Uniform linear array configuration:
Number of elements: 48
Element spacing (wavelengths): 1
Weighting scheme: binomial
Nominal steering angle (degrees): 60
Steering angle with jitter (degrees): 58.429
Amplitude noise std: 0.05
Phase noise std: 0.05

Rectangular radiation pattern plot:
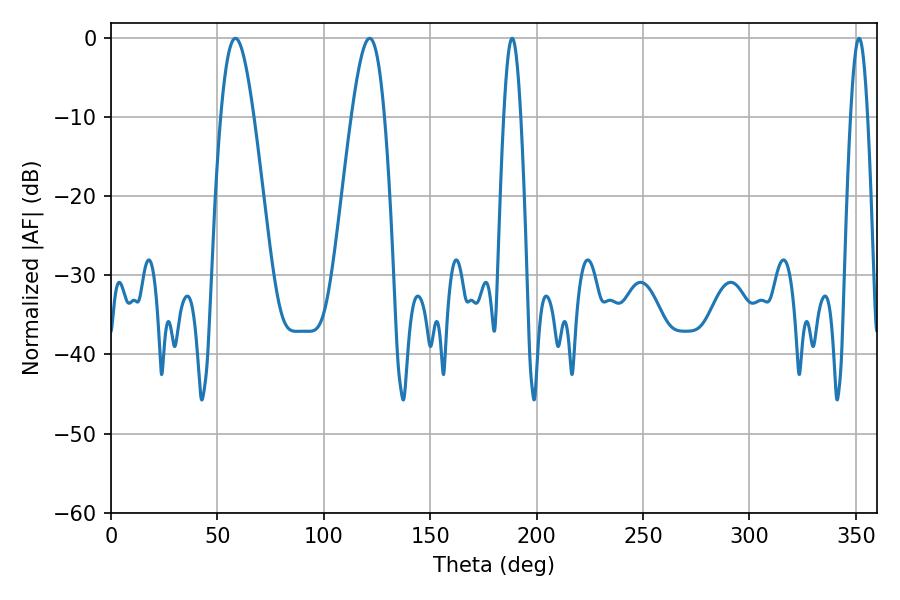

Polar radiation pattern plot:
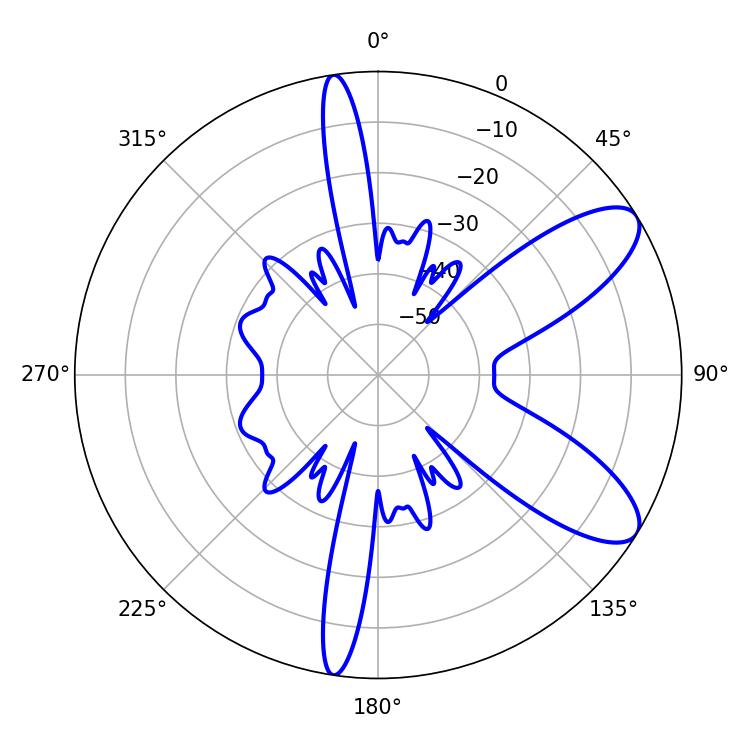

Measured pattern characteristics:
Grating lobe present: TRUE
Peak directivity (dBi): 9.081
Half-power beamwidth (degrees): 8.28
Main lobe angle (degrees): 58.5